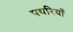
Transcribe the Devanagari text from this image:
पथरियाँ